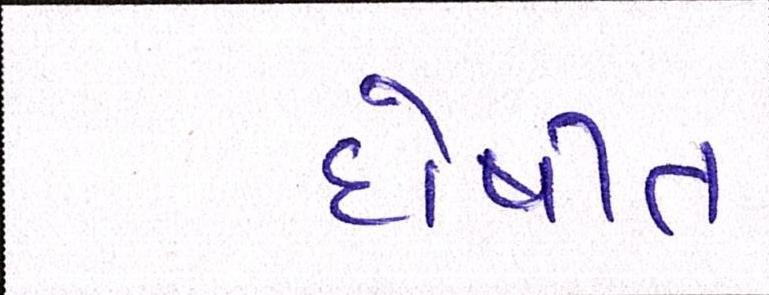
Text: દોષીત